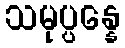
သမုပ္ပန္နေ